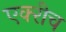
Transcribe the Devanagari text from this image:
एक्‍रीच